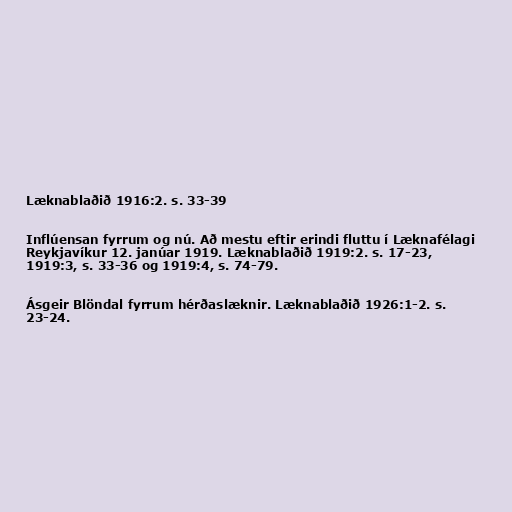
Læknablaðið 1916:2. s. 33-39

Inflúensan fyrrum og nú. Að mestu eftir erindi fluttu í Læknafélagi
Reykjavíkur 12. janúar 1919. Læknablaðið 1919:2. s. 17-23,
1919:3, s. 33-36 og 1919:4, s. 74-79.

Ásgeir Blöndal fyrrum hérðaslæknir. Læknablaðið 1926:1-2. s.
23-24.